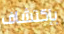
بإكتشاف